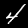
Digit: 4